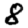
Digit: 8